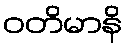
ဝတိမာနိ